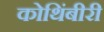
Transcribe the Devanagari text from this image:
कोथिंबीरी